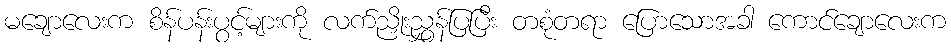
မချောလေးက စိန်ပန်းပွင့်များကို လက်ညှိုးညွှန်ပြပြီး တစုံတရာ ပြောသောအခါ ကောင်ချောလေးက